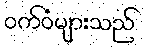
ဝက်ဝံများသည်